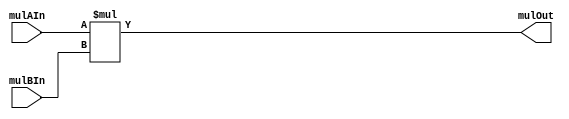
/*
 * mul: 16-bit multiplier for SimpleCore.
 *
 * Copyright (c) 2001. Integrated Computer Systems Lab., KAIST
 * All rights reserved.
 *
 * Source: mul.v
 */

module	mul(
	mulAIn,
	mulBIn,
	mulOut
);

input	[15:0]	mulAIn; // multiplier input A
input	[15:0]	mulBIn; // multiplier input B
output	[15:0]	mulOut; // multiplier output

assign	mulOut = mulAIn * mulBIn;

endmodule
/*
module mul_test;

reg	[15:0]	mulAIn; // multiplier input A
reg	[15:0]	mulBIn; // multiplier input B
wire	[15:0]	mulOut; // multiplier output

mul	mul(
	mulAIn,
	mulBIn,
	mulOut
);

initial
begin
	$monitor("%b %b %b", mulAIn, mulBIn, mulOut);
	mulAIn = 16'hffff;
	mulBIn = 16'b0;
#10
	mulAIn = 16'hffff;
	mulBIn = 16'b1;
#10
	$finish;
end

endmodule
*/